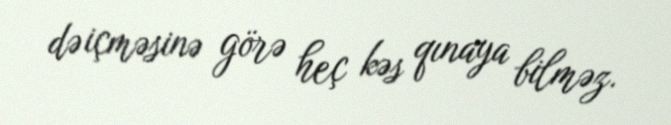
də içməsinə görə heç kəs qınaya bilməz.